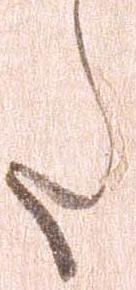
た